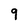
Character: 9